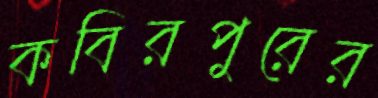
কবিরপুরের